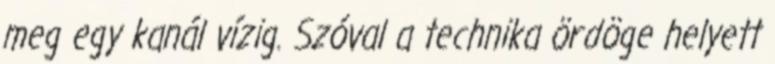
meg egy kanál vízig. Szóval a technika ördöge helyett